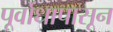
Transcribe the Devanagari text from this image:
पूर्वोधापासून